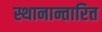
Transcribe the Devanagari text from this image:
स्थानान्तारित्त